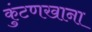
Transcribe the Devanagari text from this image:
कुंटणखाना